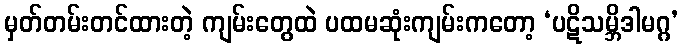
မှတ်တမ်းတင်ထားတဲ့ ကျမ်းတွေထဲ ပထမဆုံးကျမ်းကတော့ ‘ပဋိသမ္ဘိဒါမဂ္ဂ’